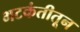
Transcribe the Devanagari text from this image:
भटकंतीतून